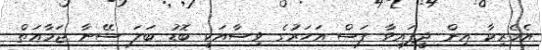
އެމެރިކާ އިން ދީފައިވާ ފަސް އަހަރުގެ ވިސާއަކީ ބޮޑު ބަލަ ސޭނާ ޖަމާއަތް